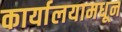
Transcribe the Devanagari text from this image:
कार्यालयामधून